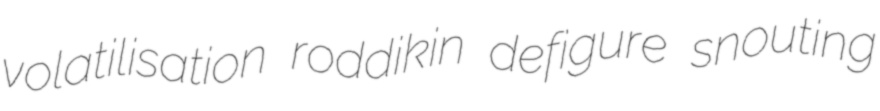
volatilisation roddikin defigure snouting